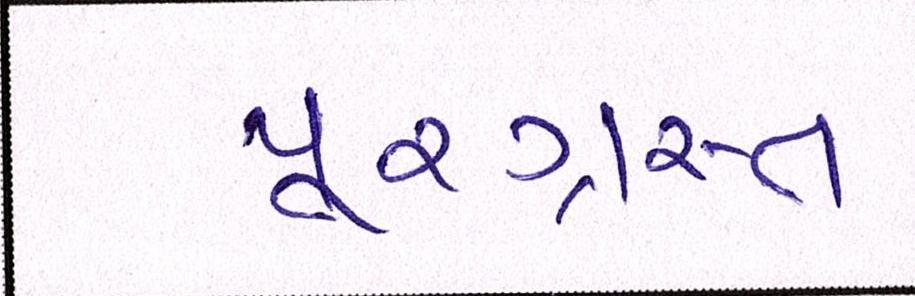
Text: પૂરગ્રસ્ત